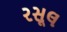
રસૂલ